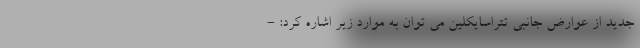
جدید از عوارض جانبی تتراسایکلین می توان به موارد زیر اشاره کرد: -